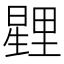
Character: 𭧰